[Report on the health of British troops in the Madras command]
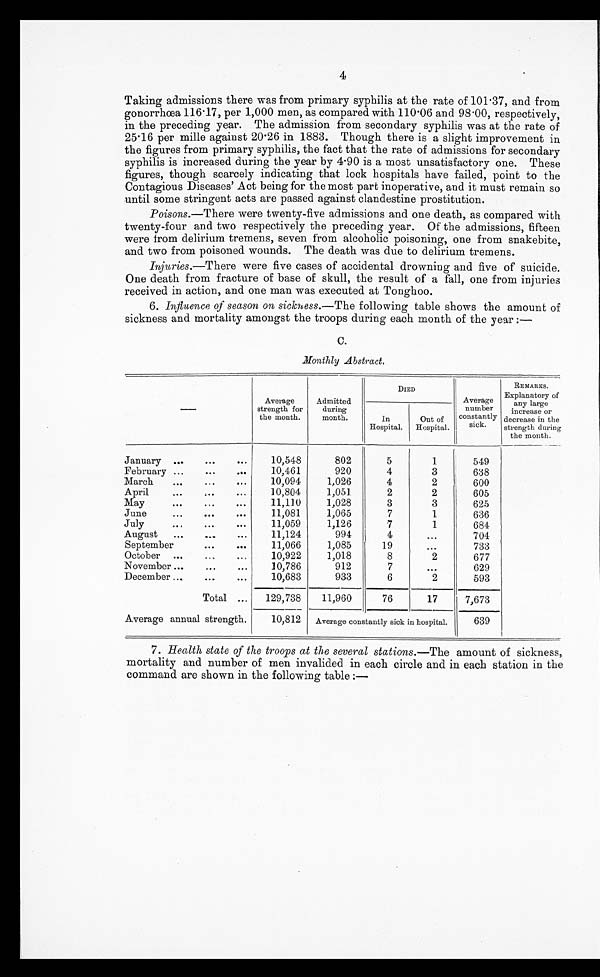
4
Taking admissions there was from primary syphilis at the rate of 101 . 37, and from
gonorrhœa 116.17, per 1,000 men, as compared with 110.06 and 93.00, respectively,
in the preceding year. The admission from secondary syphilis was at the rate of
25.16 per mile against 20.26 in 1883. Though there is a slight improvement in
the figures from primary syphilis, the fact that the rate of admissions for secondary
syphilis is increased during the year by 4.90 is a most unsatisfactory one. These
figures, though scarcely indicating that lock hospitals have failed, point to the
Contagious Diseases' Act being for the most part inoperative, and it must remain so
until some stringent acts are passed against clandestine prostitution.
Poisons.—There were twenty-five admissions and one death, as compared with
twenty-four and two respectively the preceding year. Of the admissions, fifteen
were from delirium tremens, seven from alcoholic poisoning, one from snakebite,
and two from poisoned wounds. The death was due to delirium tremens.
Injuries.—There were five cases of accidental drowning and five of suicide.
One death from fracture of base of skull, the result of a fall, one from injuries
received in action, and one man was executed at Tonghoo.
6. Influence of season on siclcness.— The following table shows the amount of
sickness and mortality amongst the troops during each month of the year :—
C.
Monthly Abstract.
Average
strength for
the month.
Admitted
during
month.
DIED
Average
number
constantly
sick.
REMARKS.
Explanatory of
any large
increase or
decrease in the
strength during
the month.
In
Hospital.
Out of
Hospital.
January . . .
10,548
802
5
1
549
February . . .
10,461
920
4
3
638
March . . .
10,094
1,026
4
2
600
April . . .
10,804
1,051
2
2
605
May . . .
11,110
1,028
3
3
625
June . . .
11,081
1,065
7
1
636
July . . .
11,059
1,126
7
1
684
August . . .
11,124
994
4
. . .
704
September . . .
11,066
1,085
19
. . .
733
October . . .
10,922
1,018
8
2
677
November . . .
10,786
912
7
. . .
629
December . . .
10,683
933
6
2
593
Total . . .
129,738
11,960
76
17
7,673
Average annual strength.
10,812
Average constantly sick in hospital.
639
7. Health state of the troops at the several stations.— The amount of sickness,
mortality and number of men invalided in each circle and in each station in the
command are shown in the following table :—